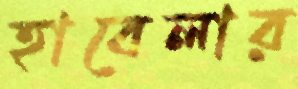
হাবেলার